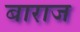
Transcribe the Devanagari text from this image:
बाराज